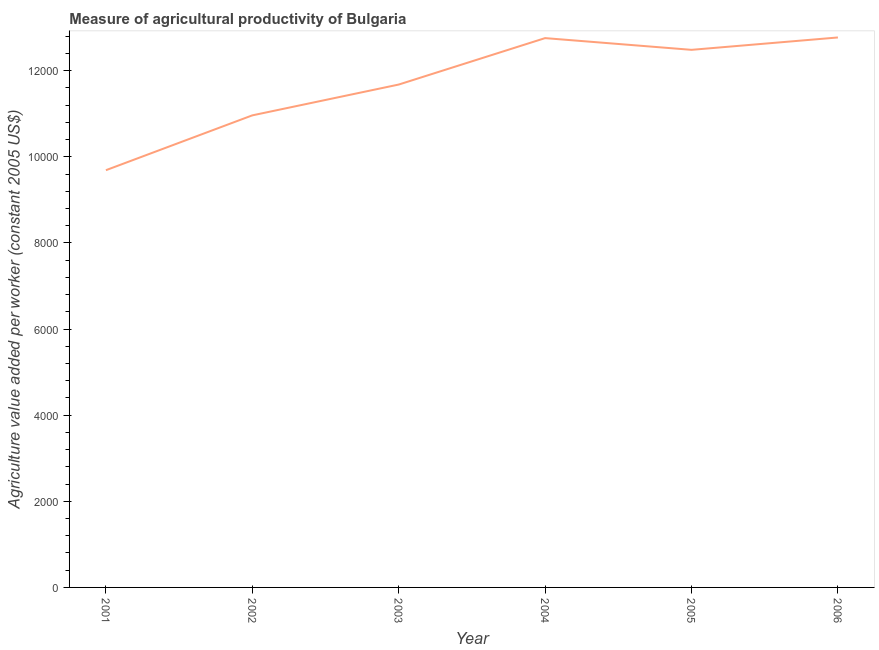
| Year | Agriculture value added per worker |
 | --- | --- |
 | 2001 | 9.69e+03 |
 | 2002 | 1.1e+04 |
 | 2003 | 1.17e+04 |
 | 2004 | 1.28e+04 |
 | 2005 | 1.25e+04 |
 | 2006 | 1.28e+04 |